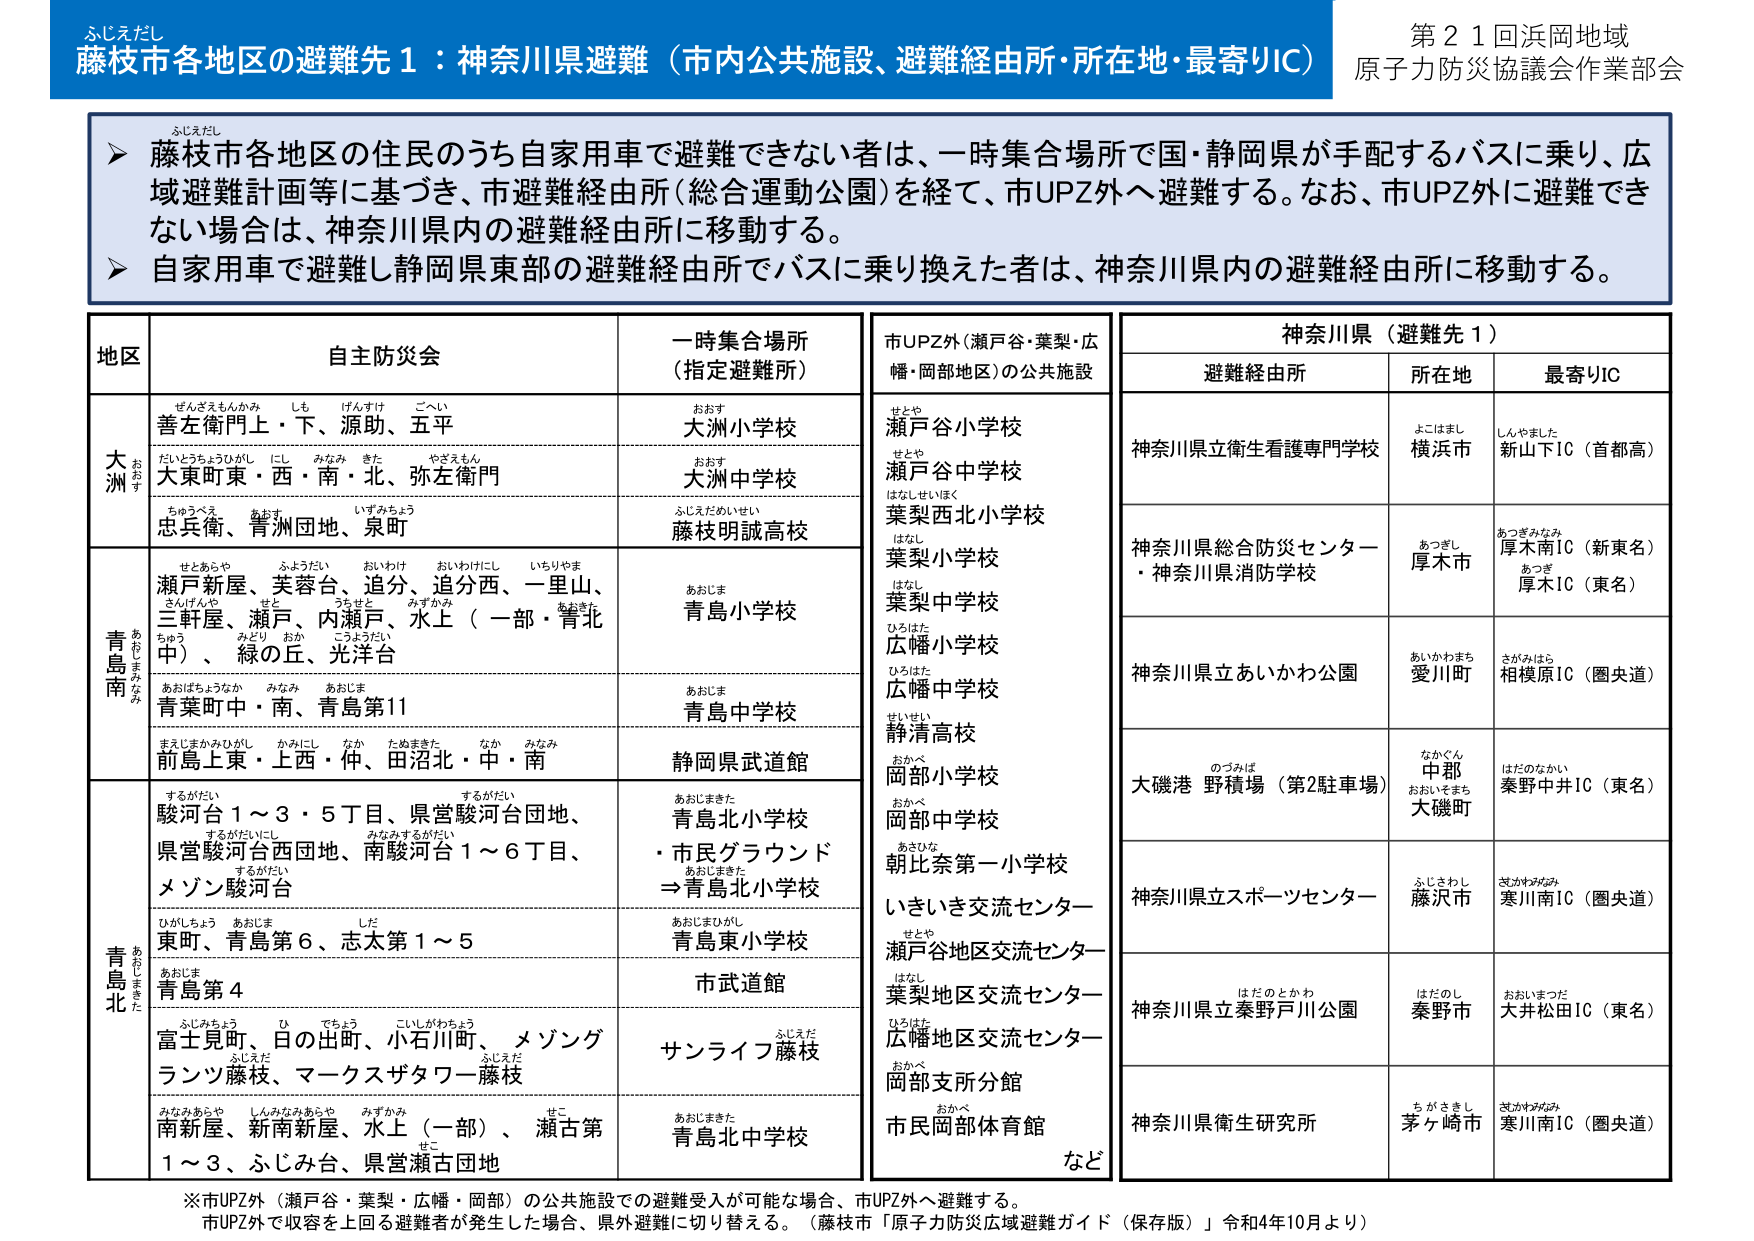
ふじえだし
藤枝市各地区の避難先１：神奈川県避難（市内公共施設、避難経由所・所在地・最寄りIC）
第２１回浜岡地域
原子力防災協議会作業部会

▶ 藤枝市各地区の住民のうち自家用車で避難できない者は、一時集合場所で国・静岡県が手配するバスに乗り、広域避難計画等に基づき、市避難経由所（総合運動公園）を経て、市UPZ外へ避難する。なお、市UPZ外に避難できない場合は、神奈川県内の避難経由所に移動する。
▶ 自家用車で避難し静岡県東部の避難経由所でバスに乗り換えた者は、神奈川県内の避難経由所に移動する。

地区　　自主防災会　　一時集合場所（指定避難所）
大洲　　善左衛門上・下、源助、五平　　大洲小学校
　　　　大東町東・西・南・北、弥左衛門　　大洲中学校
　　　　忠兵衛、青洲団地、泉町　　藤枝明誠高校
青島南　　瀬戸新屋、芙蓉台、追分、追分西、一里山、三軒屋、瀬戸、内瀬戸、水上（一部・青北中）、緑の丘、光洋台　　青島小学校
　　　　青葉町中・南、青島第11　　青島中学校
　　　　前島上東・上西・仲、田沼北・中・南　　静岡県武道館
青島北　　駿河台1～3・5丁目、県営駿河台団地、県営駿河台西団地、南駿河台1～6丁目、メゾン駿河台　　青島北小学校・市民グラウンド→青島北小学校
　　　　東町、青島第6、志太第1～5　　青島東小学校
　　　　青島第4　　市武道館
　　　　富士見町、日の出町、小石川町、メゾングランツ藤枝、マークスザタワー藤枝　　サンライフ藤枝
　　　　南新屋、新南新屋、水上（一部）、瀬古第1～3、ふじみ台、県営瀬古団地　　青島北中学校

市UPZ外（瀬戸谷・葉梨・広幡・岡部地区）の公共施設
　　瀬戸谷小学校
　　瀬戸谷中学校
　　葉梨西北小学校
　　葉梨小学校
　　葉梨中学校
　　広幡小学校
　　広幡中学校
　　静清高校
　　岡部小学校
　　岡部中学校
　　朝比奈第一小学校
　　いきいき交流センター
　　瀬戸谷地区交流センター
　　葉梨地区交流センター
　　広幡地区交流センター
　　岡部支所分館
　　市民岡部体育館
　　など

神奈川県（避難先１）
　　避難経由所　　　所在地　　　最寄りIC
　　神奈川県立衛生看護専門学校　　横浜市　　新山下IC（首都高）
　　神奈川県総合防災センター・神奈川県消防学校　　厚木市　　厚木南IC（新東名）、厚木IC（東名）
　　神奈川県立あいかわ公園　　愛川町　　相模原IC（圏央道）
　　大磯港 野積場（第2駐車場）　　大磯町　　秦野中井IC（東名）
　　神奈川県立スポーツセンター　　藤沢市　　寒川南IC（圏央道）
　　神奈川県立秦野戸川公園　　秦野市　　大井松田IC（東名）
　　神奈川県衛生研究所　　茅ヶ崎市　　寒川南IC（圏央道）

※市UPZ外（瀬戸谷・葉梨・広幡・岡部）の公共施設での避難受入れが可能な場合、市UPZ外へ避難する。
市UPZ外で収容を上回る避難者が発生した場合、県外避難に切り替える。（藤枝市「原子力防災広域避難ガイド（保存版）」令和4年10月より）